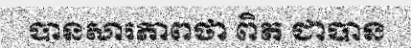
បានសារភាពថា ពិត ជាបាន